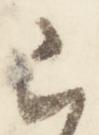
云